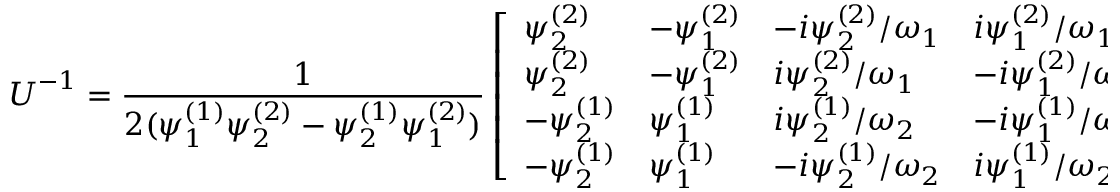
\boldsymbol { U } ^ { - 1 } = \frac { 1 } { 2 ( \psi _ { 1 } ^ { ( 1 ) } \psi _ { 2 } ^ { ( 2 ) } - \psi _ { 2 } ^ { ( 1 ) } \psi _ { 1 } ^ { ( 2 ) } ) } \left[ \begin{array} { l l l l } { \psi _ { 2 } ^ { ( 2 ) } } & { - \psi _ { 1 } ^ { ( 2 ) } } & { - i \psi _ { 2 } ^ { ( 2 ) } / \omega _ { 1 } } & { i \psi _ { 1 } ^ { ( 2 ) } / \omega _ { 1 } } \\ { \psi _ { 2 } ^ { ( 2 ) } } & { - \psi _ { 1 } ^ { ( 2 ) } } & { i \psi _ { 2 } ^ { ( 2 ) } / \omega _ { 1 } } & { - i \psi _ { 1 } ^ { ( 2 ) } / \omega _ { 1 } } \\ { - \psi _ { 2 } ^ { ( 1 ) } } & { \psi _ { 1 } ^ { ( 1 ) } } & { i \psi _ { 2 } ^ { ( 1 ) } / \omega _ { 2 } } & { - i \psi _ { 1 } ^ { ( 1 ) } / \omega _ { 2 } } \\ { - \psi _ { 2 } ^ { ( 1 ) } } & { \psi _ { 1 } ^ { ( 1 ) } } & { - i \psi _ { 2 } ^ { ( 1 ) } / \omega _ { 2 } } & { i \psi _ { 1 } ^ { ( 1 ) } / \omega _ { 2 } } \end{array} \right] .